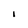
Character: i